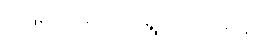
ဖြေရှင်းဆောင်ရွက်ပေးရန်